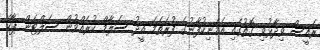
ރައީސް ވިދާޅުވި ގޮތުގައި އެމަނިކުފާނުގެ ފުރަތަމަ އީދު ސަލާމް ކުރެއްވުން ސަލްޓަން ޕާކް